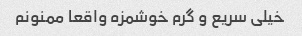
خیلی سریع و گرم خوشمزه واقعا ممنونم